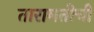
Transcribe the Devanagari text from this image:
तारामतीची